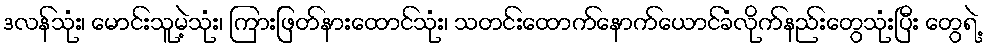
ဒလန်သုံး၊ မောင်းသူမဲ့သုံး၊ ကြားဖြတ်နားထောင်သုံး၊ သတင်းထောက်နောက်ယောင်ခံလိုက်နည်းတွေသုံးပြီး တွေရဲ့